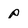
Character: p